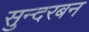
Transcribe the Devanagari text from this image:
सुन्दरबन